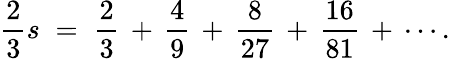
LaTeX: {\frac{2}{3}}s\; =\; {\frac{2}{3}}\, +\, {\frac{4}{9}}\, +\, {\frac{8}{27}}\, +\, {\frac{16}{81}}\, +\, \cdots.